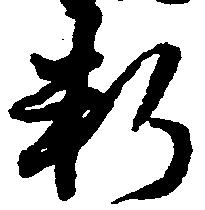
料